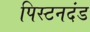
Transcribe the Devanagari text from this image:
पिस्टनदंड